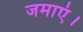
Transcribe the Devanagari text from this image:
जमाएं।